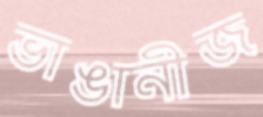
ভাঙানীজ